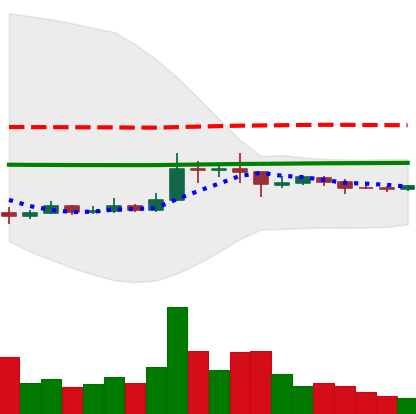
Ticker: XRP-USD
Chart end date: 2021-01-18
Forward return: -4.547%
Label: down_3_5